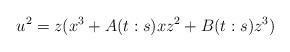
LaTeX: \begin{align*}u^2=z(x^3+A(t:s)xz^2+B(t:s)z^3)\end{align*}